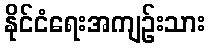
နိုင်ငံရေးအကျဉ်းသား